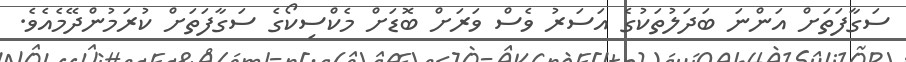
ސަގާފަތަށް އަންނަ ބަދަލުތަކުގެ އަސަރު ވެސް ވަރަށް ބޮޑަށް މެކްސިކޯގެ ސަގާފަތަށް ކުރަމުންދޭމެއެވެ.